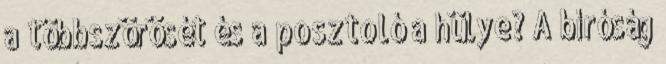
a többszörösét és a posztoló a hülye? A bíróság